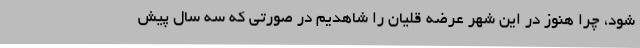
شود، چرا هنوز در این شهر عرضه قلیان را شاهدیم در صورتی که سه سال پیش